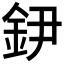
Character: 𨥠